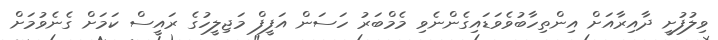
ވިލުފުށީ ދާއިރާއަށް އިންތިހާބުވެވަޑައިގެންނެވި މެމްބަރު ހަސަން އަފީފް މަޖިލީހުގެ ރައީސް ކަމަށް ގެނެވުމަށް